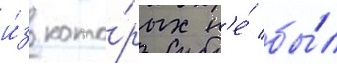
и́з кото́рых н'е́ бы́л